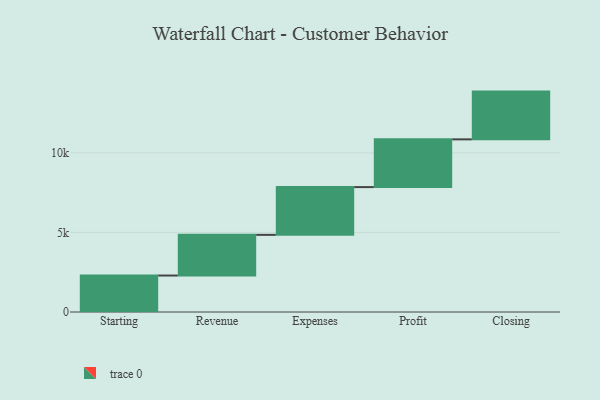
{"axis": {"x": "Step", "y": "Value"}, "legend": [""], "data": [{"x": "Starting", "y": 2291.0, "type": ""}, {"x": "Revenue", "y": 2556.0, "type": ""}, {"x": "Expenses", "y": 3000, "type": ""}, {"x": "Profit", "y": 3000, "type": ""}, {"x": "Closing", "y": 3000, "type": ""}]}